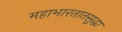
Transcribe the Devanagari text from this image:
महाभारतातसुद्धा